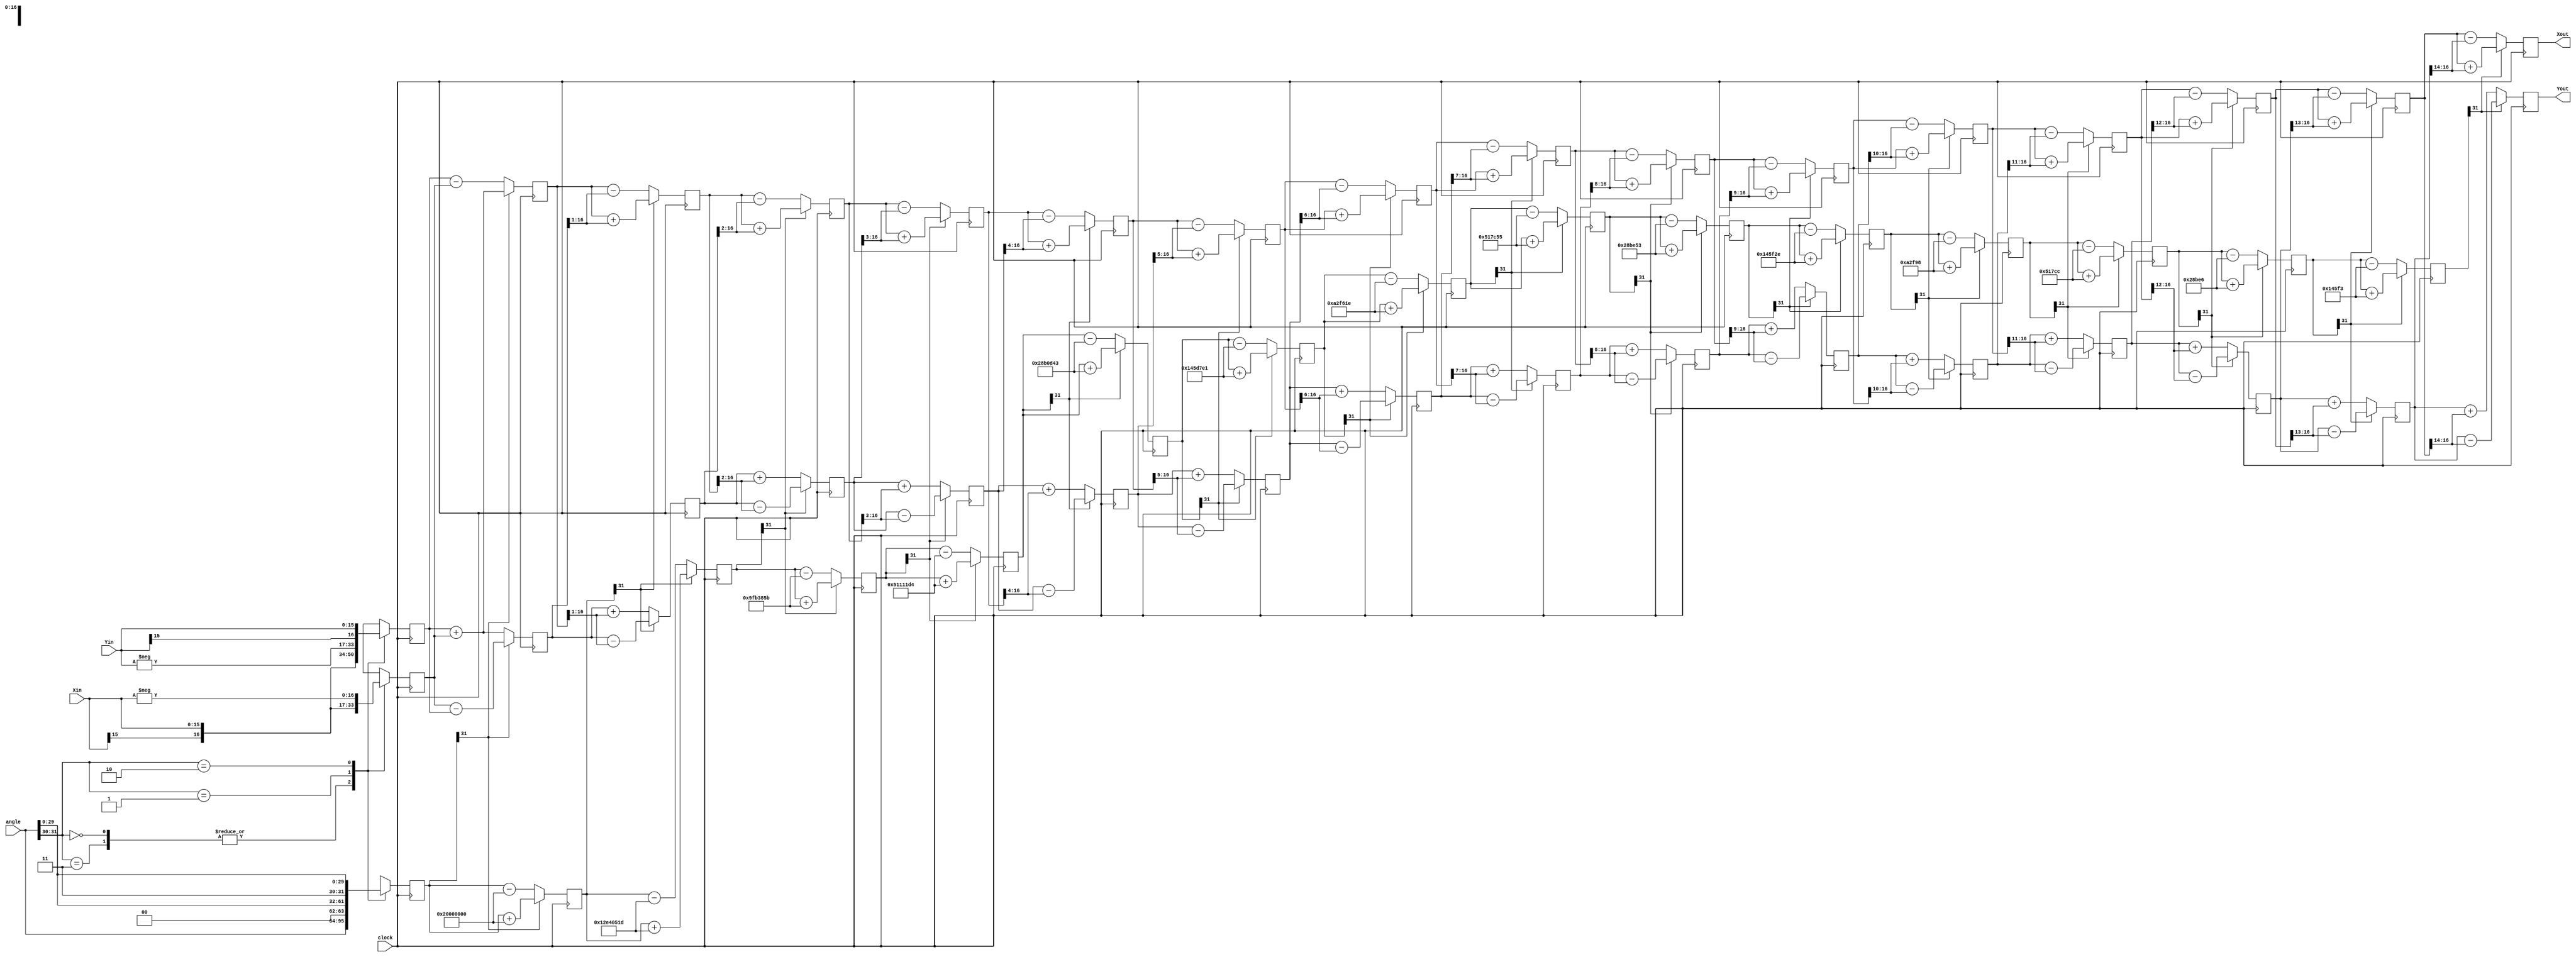
module CORDIC (clock, angle, Xin, Yin, Xout, Yout);
   
   parameter XY_SZ = 16;   // width of input and output data
   
   localparam STG = XY_SZ; // same as bit width of X and Y
   
   input                      clock;
   // angle is a signed value in the range of -PI to +PI that must be represented as a 32 bit signed number
   input  signed       [31:0] angle;
   input  signed  [XY_SZ-1:0] Xin;
   input  signed  [XY_SZ-1:0] Yin;
   output signed    [XY_SZ:0] Xout;
   output signed    [XY_SZ:0] Yout;
   
   //------------------------------------------------------------------------------
   //                             arctan table
   //------------------------------------------------------------------------------
   
   // Note: The atan_table was chosen to be 31 bits wide giving resolution up to atan(2^-30)
   wire signed [31:0] atan_table [0:30];
   
   // upper 2 bits = 2'b00 which represents 0 - PI/2 range
   // upper 2 bits = 2'b01 which represents PI/2 to PI range
   // upper 2 bits = 2'b10 which represents PI to 3*PI/2 range (i.e. -PI/2 to -PI)
   // upper 2 bits = 2'b11 which represents 3*PI/2 to 2*PI range (i.e. 0 to -PI/2)
   // The upper 2 bits therefore tell us which quadrant we are in.
   assign atan_table[00] = 32'b00100000000000000000000000000000; // 45.000 degrees -> atan(2^0)
   assign atan_table[01] = 32'b00010010111001000000010100011101; // 26.565 degrees -> atan(2^-1)
   assign atan_table[02] = 32'b00001001111110110011100001011011; // 14.036 degrees -> atan(2^-2)
   assign atan_table[03] = 32'b00000101000100010001000111010100; // atan(2^-3)
   assign atan_table[04] = 32'b00000010100010110000110101000011;
   assign atan_table[05] = 32'b00000001010001011101011111100001;
   assign atan_table[06] = 32'b00000000101000101111011000011110;
   assign atan_table[07] = 32'b00000000010100010111110001010101;
   assign atan_table[08] = 32'b00000000001010001011111001010011;
   assign atan_table[09] = 32'b00000000000101000101111100101110;
   assign atan_table[10] = 32'b00000000000010100010111110011000;
   assign atan_table[11] = 32'b00000000000001010001011111001100;
   assign atan_table[12] = 32'b00000000000000101000101111100110;
   assign atan_table[13] = 32'b00000000000000010100010111110011;
   assign atan_table[14] = 32'b00000000000000001010001011111001;
   assign atan_table[15] = 32'b00000000000000000101000101111101;
   assign atan_table[16] = 32'b00000000000000000010100010111110;
   assign atan_table[17] = 32'b00000000000000000001010001011111;
   assign atan_table[18] = 32'b00000000000000000000101000101111;
   assign atan_table[19] = 32'b00000000000000000000010100011000;
   assign atan_table[20] = 32'b00000000000000000000001010001100;
   assign atan_table[21] = 32'b00000000000000000000000101000110;
   assign atan_table[22] = 32'b00000000000000000000000010100011;
   assign atan_table[23] = 32'b00000000000000000000000001010001;
   assign atan_table[24] = 32'b00000000000000000000000000101000;
   assign atan_table[25] = 32'b00000000000000000000000000010100;
   assign atan_table[26] = 32'b00000000000000000000000000001010;
   assign atan_table[27] = 32'b00000000000000000000000000000101;
   assign atan_table[28] = 32'b00000000000000000000000000000010;
   assign atan_table[29] = 32'b00000000000000000000000000000001; // atan(2^-29)
   assign atan_table[30] = 32'b00000000000000000000000000000000;
   
   //------------------------------------------------------------------------------
   //                              registers
   //------------------------------------------------------------------------------
   
   //stage outputs
   reg signed [XY_SZ:0] X [0:STG-1];
   reg signed [XY_SZ:0] Y [0:STG-1];
   reg signed    [31:0] Z [0:STG-1]; // 32bit
   
   //------------------------------------------------------------------------------
   //                               stage 0
   //------------------------------------------------------------------------------
   wire                 [1:0] quadrant;
   assign   quadrant = angle[31:30];
   
   always @(posedge clock)
   begin // make sure the rotation angle is in the -pi/2 to pi/2 range.  If not then pre-rotate
      case (quadrant)
         2'b00,
         2'b11:   // no pre-rotation needed for these quadrants
         begin    // X[n], Y[n] is 1 bit larger than Xin, Yin, but Verilog handles the assignments properly
            X[0] <= Xin;
            Y[0] <= Yin;
            Z[0] <= angle;
         end
         
         2'b01:
         begin
            X[0] <= -Yin;
            Y[0] <= Xin;
            Z[0] <= {2'b00,angle[29:0]}; // subtract pi/2 from angle for this quadrant
         end
         
         2'b10:
         begin
            X[0] <= Yin;
            Y[0] <= -Xin;
            Z[0] <= {2'b11,angle[29:0]}; // add pi/2 to angle for this quadrant
         end
         
      endcase
   end
   
   //------------------------------------------------------------------------------
   //                           generate stages 1 to STG-1
   //------------------------------------------------------------------------------
   genvar i;

   generate
   for (i=0; i < (STG-1); i=i+1)
   begin: XYZ
      wire                   Z_sign;
      wire signed  [XY_SZ:0] X_shr, Y_shr; 
   
      assign X_shr = X[i] >>> i; // signed shift right
      assign Y_shr = Y[i] >>> i;
   
      //the sign of the current rotation angle
      assign Z_sign = Z[i][31]; // Z_sign = 1 if Z[i] < 0
   
      always @(posedge clock)
      begin
         // add/subtract shifted data
         X[i+1] <= Z_sign ? X[i] + Y_shr         : X[i] - Y_shr;
         Y[i+1] <= Z_sign ? Y[i] - X_shr         : Y[i] + X_shr;
         Z[i+1] <= Z_sign ? Z[i] + atan_table[i] : Z[i] - atan_table[i];
      end
   end
   endgenerate
   
   
   //------------------------------------------------------------------------------
   //                                 output
   //------------------------------------------------------------------------------
   assign Xout = X[STG-1];
   assign Yout = Y[STG-1];

endmodule